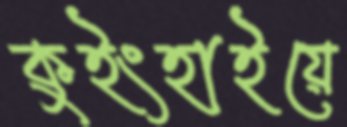
কুইংহাইয়ে